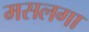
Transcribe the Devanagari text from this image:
मसलगा